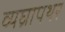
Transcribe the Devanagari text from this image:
व्यघ्रापथर